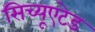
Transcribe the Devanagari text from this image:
सिच्यूएटेड